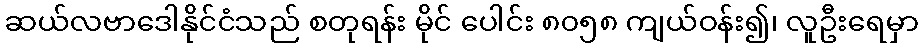
ဆယ်လဗာဒေါနိုင်ငံသည် စတုရန်း မိုင် ပေါင်း ၈၀၅၈ ကျယ်ဝန်း၍၊ လူဦးရေမှာ